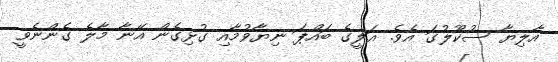
އާލިޔާ ސުކޫލުގަ އެވެ. އަލީގެ ބައްޕަ ނިޔާވުމާއި ގުޅިގެން އޭނާ މާލެ ގެންނެވީ